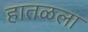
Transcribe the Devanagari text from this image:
हातळला